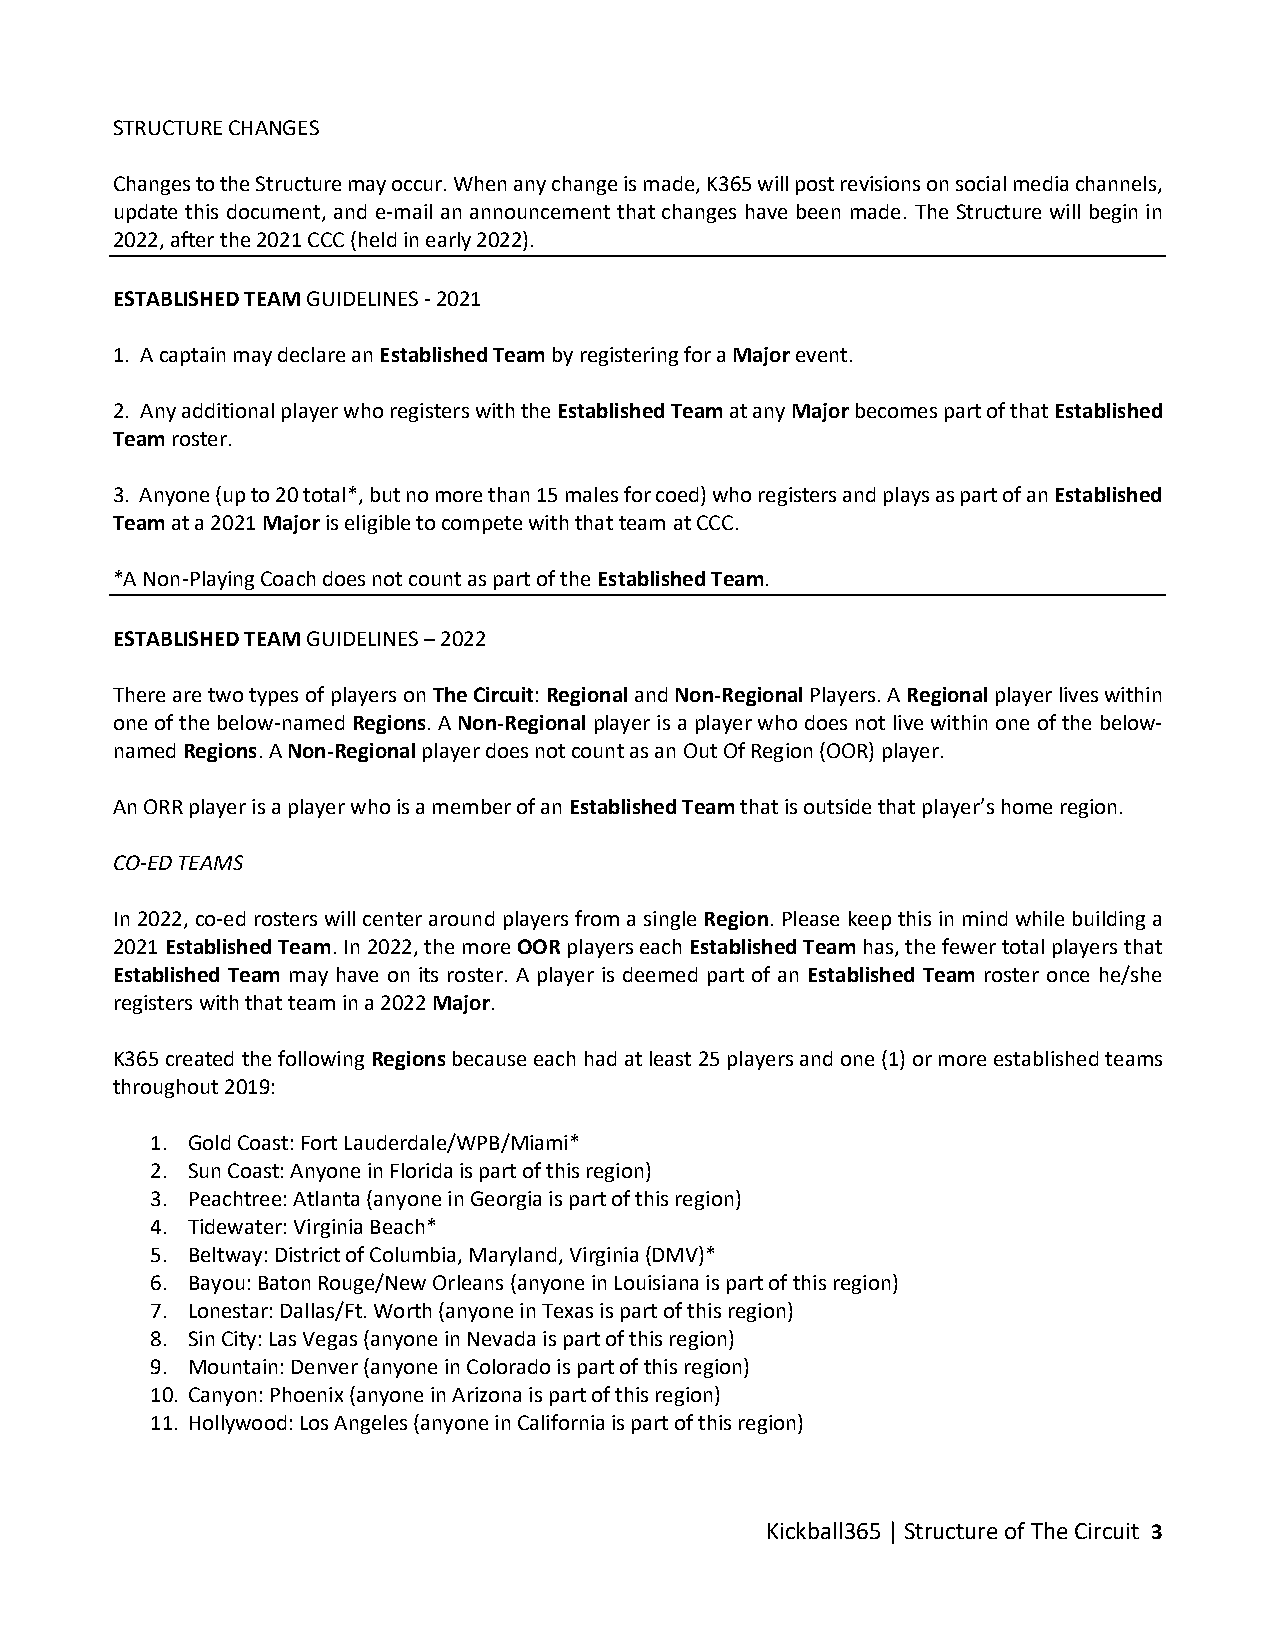
STRUCTURE CHANGES
 Changes to the Structure may occur. When any change is made, K365 will post revisions on social media channels,
 update this document, and e-mail an announcement that changes have been made. The Structure will begin in
 2022, after the 2021 CCC (held in early 2022).
 ESTABLISHED TEAM GUIDELINES - 2021
 1. A captain may declare an Established Team by registering for a Major event.
 2. Any additional player who registers with the Established Team at any Major becomes part of that Established
 Team roster.
 3. Anyone (up to 20 total*, but no more than 15 males for coed) who registers and plays as part of an Established
 Team at a 2021 Major is eligible to compete with that team at CCC.
 *A Non-Playing Coach does not count as part of the Established Team.
 ESTABLISHED TEAM GUIDELINES – 2022
 There are two types of players on The Circuit: Regional and Non-Regional Players. A Regional player lives within
 one of the below-named Regions. A Non-Regional player is a player who does not live within one of the below-
 named Regions. A Non-Regional player does not count as an Out Of Region (OOR) player.
 An ORR player is a player who is a member of an Established Team that is outside that player’s home region.
 CO-ED TEAMS
 In 2022, co-ed rosters will center around players from a single Region. Please keep this in mind while building a
 2021 Established Team. In 2022, the more OOR players each Established Team has, the fewer total players that
 Established Team may have on its roster. A player is deemed part of an Established Team roster once he/she
 registers with that team in a 2022 Major.
 K365 created the following Regions because each had at least 25 players and one (1) or more established teams
 throughout 2019:
 1. Gold Coast: Fort Lauderdale/WPB/Miami*
 2. Sun Coast: Anyone in Florida is part of this region)
 3. Peachtree: Atlanta (anyone in Georgia is part of this region)
 4. Tidewater: Virginia Beach*
 5. Beltway: District of Columbia, Maryland, Virginia (DMV)*
 6. Bayou: Baton Rouge/New Orleans (anyone in Louisiana is part of this region)
 7. Lonestar: Dallas/Ft. Worth (anyone in Texas is part of this region)
 8. Sin City: Las Vegas (anyone in Nevada is part of this region)
 9. Mountain: Denver (anyone in Colorado is part of this region)
 10. Canyon: Phoenix (anyone in Arizona is part of this region)
 11. Hollywood: Los Angeles (anyone in California is part of this region)
 Kickball365 | Structure of The Circuit 3